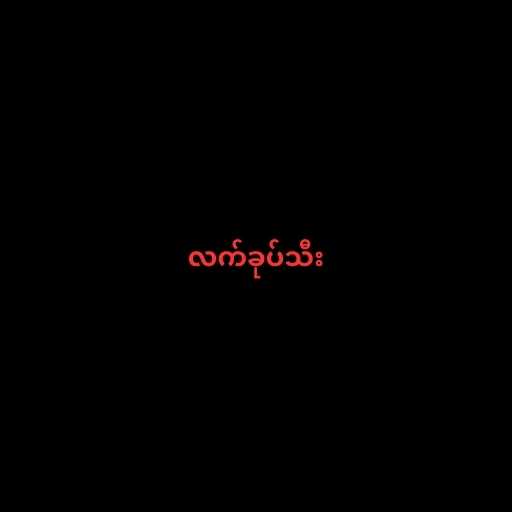
လက်ခုပ်သီး